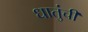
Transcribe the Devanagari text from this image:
धातुंची